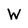
Character: W